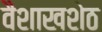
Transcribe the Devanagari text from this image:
वैशाखशेठ